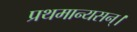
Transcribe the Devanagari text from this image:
प्रथमान्यसन्।